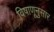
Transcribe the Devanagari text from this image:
विषाणूनुसार